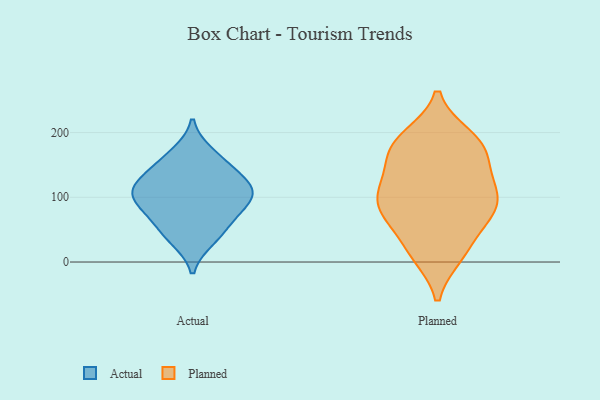
{"axis": {"x": "Production Output", "y": "Value"}, "legend": ["Actual", "Planned"], "data": [{"x": "", "y": 35, "type": "Actual"}, {"x": "", "y": 109, "type": "Actual"}, {"x": "", "y": 44, "type": "Actual"}, {"x": "", "y": 168, "type": "Actual"}, {"x": "", "y": 100, "type": "Actual"}, {"x": "", "y": 137, "type": "Actual"}, {"x": "", "y": 113, "type": "Actual"}, {"x": "", "y": 98, "type": "Actual"}, {"x": "", "y": 152, "type": "Actual"}, {"x": "", "y": 77, "type": "Actual"}, {"x": "", "y": 69, "type": "Actual"}, {"x": "", "y": 119, "type": "Actual"}, {"x": "", "y": 105, "type": "Planned"}, {"x": "", "y": 185, "type": "Planned"}, {"x": "", "y": 76, "type": "Planned"}, {"x": "", "y": 170, "type": "Planned"}, {"x": "", "y": 73, "type": "Planned"}, {"x": "", "y": 16, "type": "Planned"}, {"x": "", "y": 116, "type": "Planned"}, {"x": "", "y": 82, "type": "Planned"}, {"x": "", "y": 11, "type": "Planned"}, {"x": "", "y": 176, "type": "Planned"}, {"x": "", "y": 105, "type": "Planned"}, {"x": "", "y": 112, "type": "Planned"}, {"x": "", "y": 156, "type": "Planned"}, {"x": "", "y": 59, "type": "Planned"}, {"x": "", "y": 190, "type": "Planned"}, {"x": "", "y": 140, "type": "Planned"}, {"x": "", "y": 15, "type": "Planned"}, {"x": "", "y": 81, "type": "Planned"}, {"x": "", "y": 193, "type": "Planned"}]}